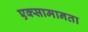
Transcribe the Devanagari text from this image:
एक्सामानता